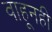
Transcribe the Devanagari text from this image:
वाहूनही